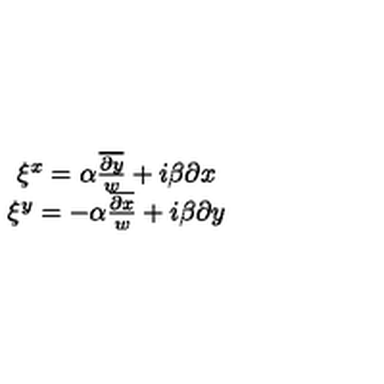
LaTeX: \begin{array} { c } { \xi ^ { x } = \alpha \frac { \overline { { \partial y } } } { w } + i \beta \partial x } \\ { \xi ^ { y } = - \alpha \frac { \overline { { \partial x } } } { w } + i \beta \partial y } \\ \end{array}